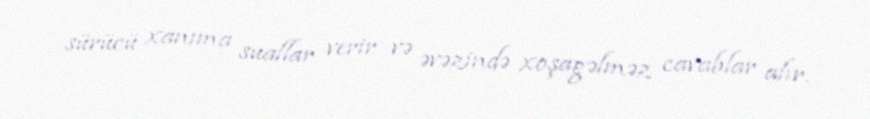
sürücü xanıma suallar verir və əvəzində xoşagəlməz cavablar alır.